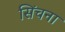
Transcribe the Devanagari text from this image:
सिंचना